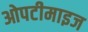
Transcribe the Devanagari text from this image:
ओपटीमाइज